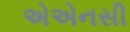
એએનસી